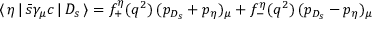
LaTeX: \langle \, \eta \, | \, \bar { s } \gamma _ { \mu } c \, | \, D _ { s } \, \rangle = f _ { + } ^ { \eta } ( q ^ { 2 } ) \, ( p _ { D _ { s } } + p _ { \eta } ) _ { \mu } + f _ { - } ^ { \eta } ( q ^ { 2 } ) \, ( p _ { D _ { s } } - p _ { \eta } ) _ { \mu }